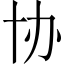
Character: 协